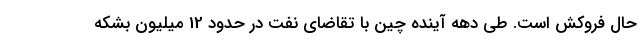
حال فروکش است. طی دهه آینده چین با تقاضای نفت در حدود 12 میلیون بشکه